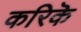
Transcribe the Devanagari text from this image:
करिकॆ